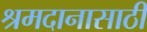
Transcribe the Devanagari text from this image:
श्रमदानासाठी